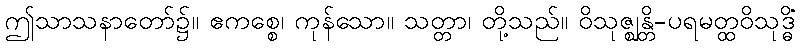
ဤသာသနာတော်၌။ ဧကစ္စေ၊ ကုန်သော။ သတ္တာ၊ တို့သည်။ ဝိသုဇ္ဈန္တိ-ပရမတ္ထဝိသုဒ္ဓိံ